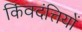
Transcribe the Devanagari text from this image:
किंवदंत्तियों